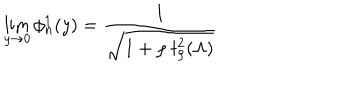
LaTeX: \lim _ { y \to 0 } \phi _ { n } ^ { 1 } ( y ) = \frac { 1 } { \sqrt { 1 + \rho \ t _ { \rho } ^ { 2 } ( \Lambda ) } }